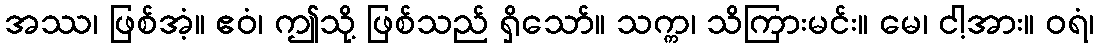
အဿ၊ ဖြစ်အံ့။ ဧဝံ၊ ဤသို့ ဖြစ်သည် ရှိသော်။ သက္က၊ သိကြားမင်း။ မေ၊ ငါ့အား။ ဝရံ၊